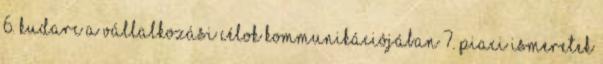
6. Kudarc a vállalkozási célok kommunikációjában 7. Piaci ismeretek